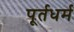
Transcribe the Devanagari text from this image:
पूर्तधर्म